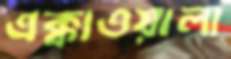
এক্কাওয়ালা